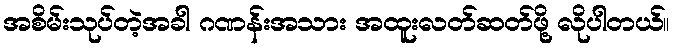
အစိမ်းသုပ်တဲ့အခါ ဂဏန်းအသား အထူးလတ်ဆတ်ဖို့ လိုပါတယ်။